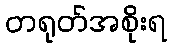
တရုတ်အစိုးရ